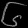
Digit: ၆